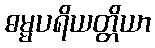
ဓမ္မပရိယတ္တိယာ